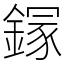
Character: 䥂